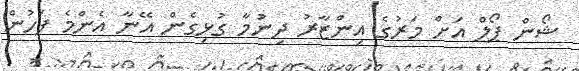
ޝޯން ޕޯލް އަށް މަރުގެ އިންޒާރު ދިނުމާ ގުޅިގެން އޭނާ އެންމެ ފަހުން